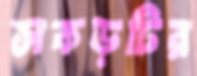
সকড়টির